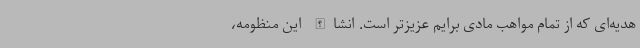
هدیه‌ای که از تمام مواهب مادی برایم عزیزتر است. انشاالله این منظومه،